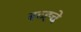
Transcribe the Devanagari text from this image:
बच्ह्चे